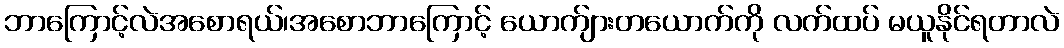
ဘာကြောင့်လဲအစောရယ်၊အစောဘာကြောင့် ယောက်ျားတယောက်ကို လက်ထပ် မယူနိုင်ရတာလဲ